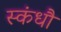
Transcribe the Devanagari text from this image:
स्कंधौ